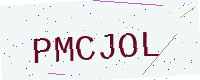
Text: PMCJOL